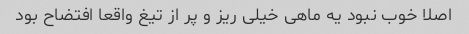
اصلا خوب نبود یه ماهی خیلی ریز و پر از تیغ واقعا افتضاح بود